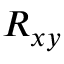
R _ { x y }